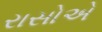
રાસોએ